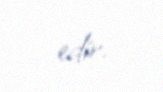
edir.